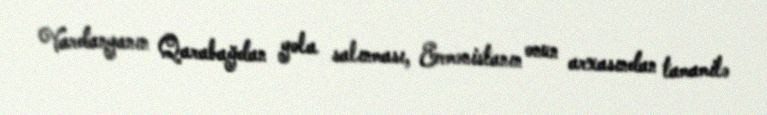
Vardanyanın Qarabağdan yola salınması, Ermənistanın onun arxasından tamamilə